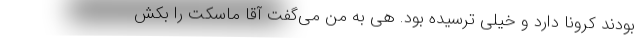
بودند کرونا دارد و خیلی ترسیده بود. هی به من می‌گفت آقا ماسکت را بکش